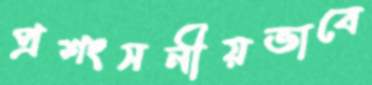
প্রশংসনীয়ভাবে